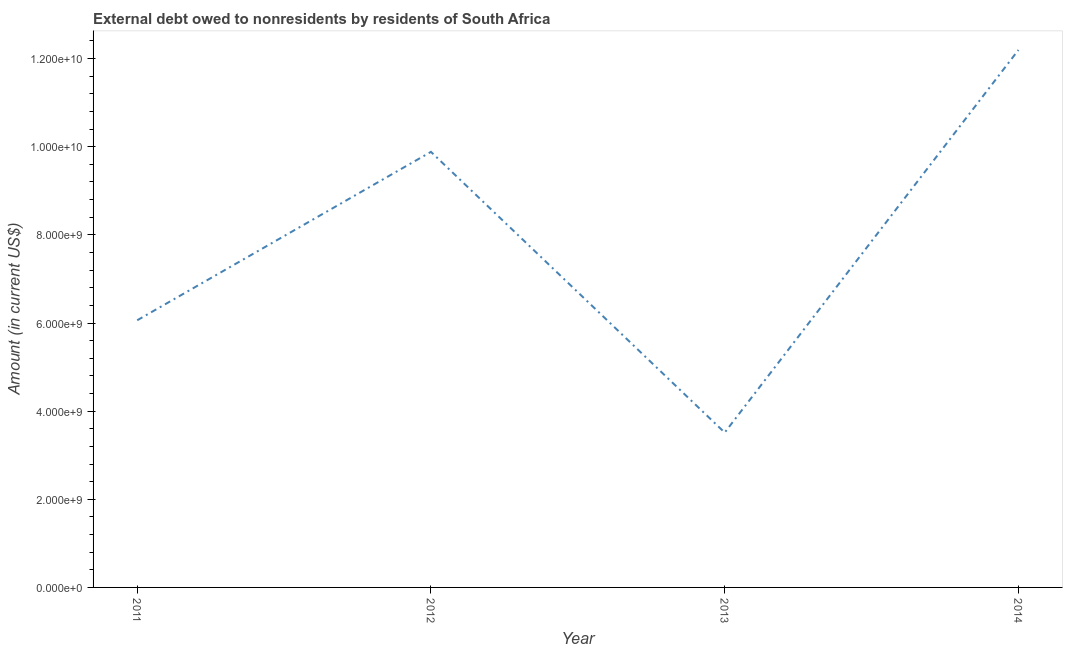
| Year | Debt |
 | --- | --- |
 | 2011 | 6.06e+09 |
 | 2012 | 9.88e+09 |
 | 2013 | 3.51e+09 |
 | 2014 | 1.22e+10 |